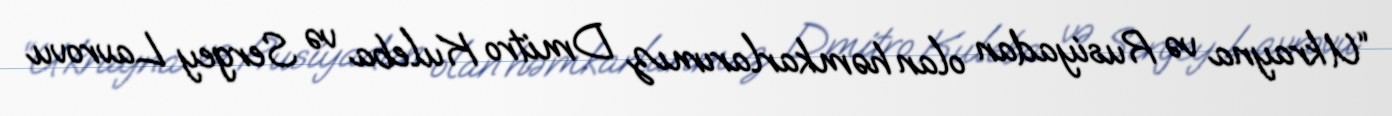
“Ukrayna və Rusiyadan olan həmkarlarımız Dmitro Kuleba və Sergey Lavrovu